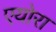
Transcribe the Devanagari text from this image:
एयोरा